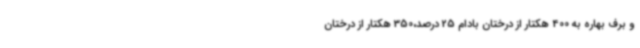
و برف بهاره به 400 هکتار از درختان بادام 25 درصد،350 هکتار از درختان